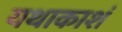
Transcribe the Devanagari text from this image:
यथाकाशं